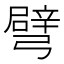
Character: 𢐦